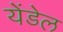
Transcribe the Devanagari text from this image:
येंडेल